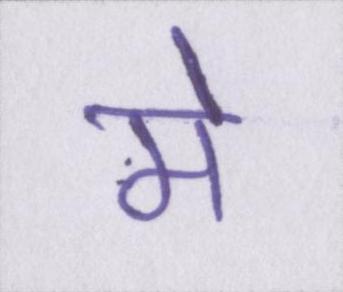
मे